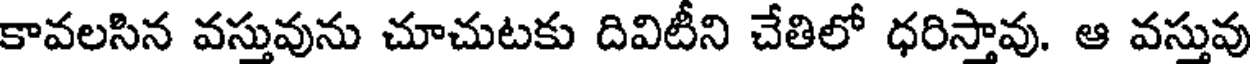
కావలసిన వస్తువును చూచుటకు దివిటీని చేతిలో ధరిస్తావు. ఆ వస్తువు